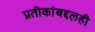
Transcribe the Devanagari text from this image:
प्रतीकांबद्दलही